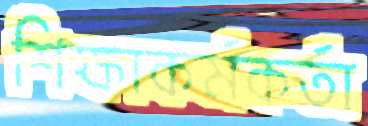
শিক্ষাকর্মকর্তা